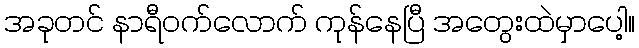
အခုတင် နာရီဝက်လောက် ကုန်နေပြီ အတွေးထဲမှာပေါ့။